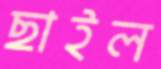
ছাইল